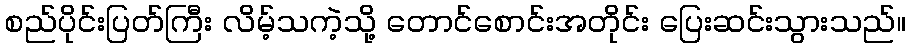
စည်ပိုင်းပြတ်ကြီး လိမ့်သကဲ့သို့ တောင်စောင်းအတိုင်း ပြေးဆင်းသွားသည်။